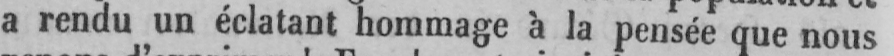
a rendu un éclatant hommage à la pensée que nous